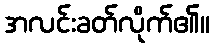
အလင်းခတ်လိုက်၏။